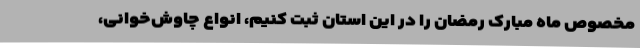
مخصوص ماه مبارک رمضان را در این استان ثبت کنیم، انواع چاوُش‌خوانی،